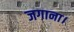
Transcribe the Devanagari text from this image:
जगाना।